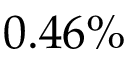
0 . 4 6 \%